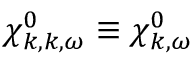
\chi _ { \boldsymbol { k } , \boldsymbol { k } , \omega } ^ { 0 } \equiv \chi _ { \boldsymbol { k } , \omega } ^ { 0 }